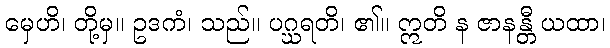
မှေဟိ၊ တို့မှ။ ဥဒကံ၊ သည်။ ပဂ္ဃရတိ၊ ၏။ ဣတိ န ဇာနန္တီ ယထာ၊